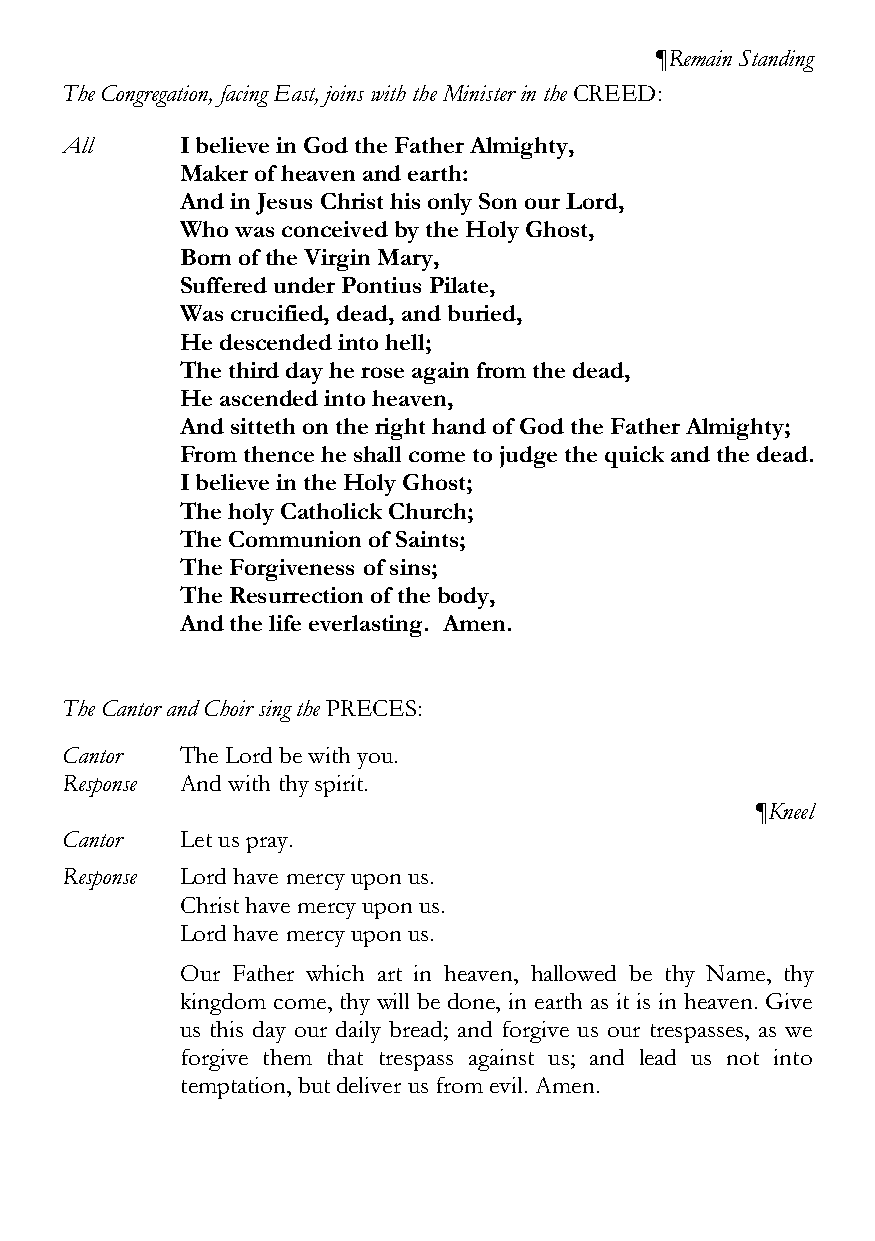
¶Remain Standing
 The Congregation, facing East, joins with the Minister in the CREED:
 All     I believe in God the Father Almighty,
 Maker of heaven and earth:
 And in Jesus Christ his only Son our Lord,
 Who was conceived by the Holy Ghost,
 Born of the Virgin Mary,
 Suffered under Pontius Pilate,
 Was crucified, dead, and buried,
 He descended into hell;
 The third day he rose again from the dead,
 He ascended into heaven,
 And sitteth on the right hand of God the Father Almighty;
 From thence he shall come to judge the quick and the dead.
 I believe in the Holy Ghost;
 The holy Catholick Church;
 The Communion of Saints;
 The Forgiveness of sins;
 The Resurrection of the body,
 And the life everlasting. Amen.
 The Cantor and Choir sing the PRECES:
 Cantor  The Lord be with you.
 Response And with thy spirit.
 ¶Kneel
 Cantor  Let us pray.
 Response Lord have mercy upon us.
 Christ have mercy upon us.
 Lord have mercy upon us.
 Our Father which art in heaven, hallowed be thy Name, thy
 kingdom come, thy will be done, in earth as it is in heaven. Give
 us this day our daily bread; and forgive us our trespasses, as we
 forgive them that trespass against us; and lead us not into
 temptation, but deliver us from evil. Amen.